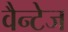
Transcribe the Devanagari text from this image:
वैन्टेज